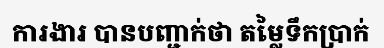
ការងារ បានបញ្ជាក់ថា តម្លៃទឹកប្រាក់